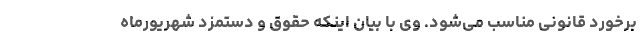
برخورد قانونی مناسب می‌شود. وی با بیان اینکه حقوق و دستمزد شهریورماه